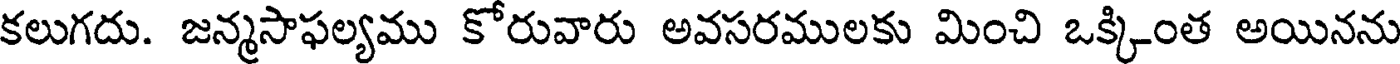
కలుగదు. జన్మసాఫల్యము కోరువారు అవసరములకు మించి ఒక్కింత అయినను